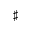
\sharp